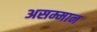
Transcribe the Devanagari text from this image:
असम्मान